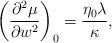
LaTeX: \begin{align*} \left(\frac{\partial^2\mu}{\partial w^2}\right)_0=\frac{\eta_0\lambda}{\kappa},\end{align*}